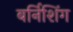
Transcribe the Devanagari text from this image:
बर्निशिंग